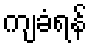
ကျခံရန်